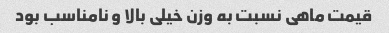
قیمت ماهی نسبت به وزن خیلی بالا و نامناسب بود